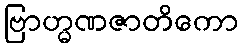
ဗြာဟ္မဏဇာတိကော